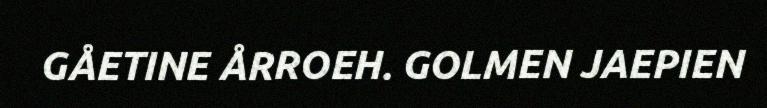
GÅETINE ÅRROEH. GOLMEN JAEPIEN